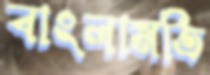
বাংলামতি